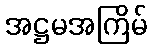
အဋ္ဌမအကြိမ်